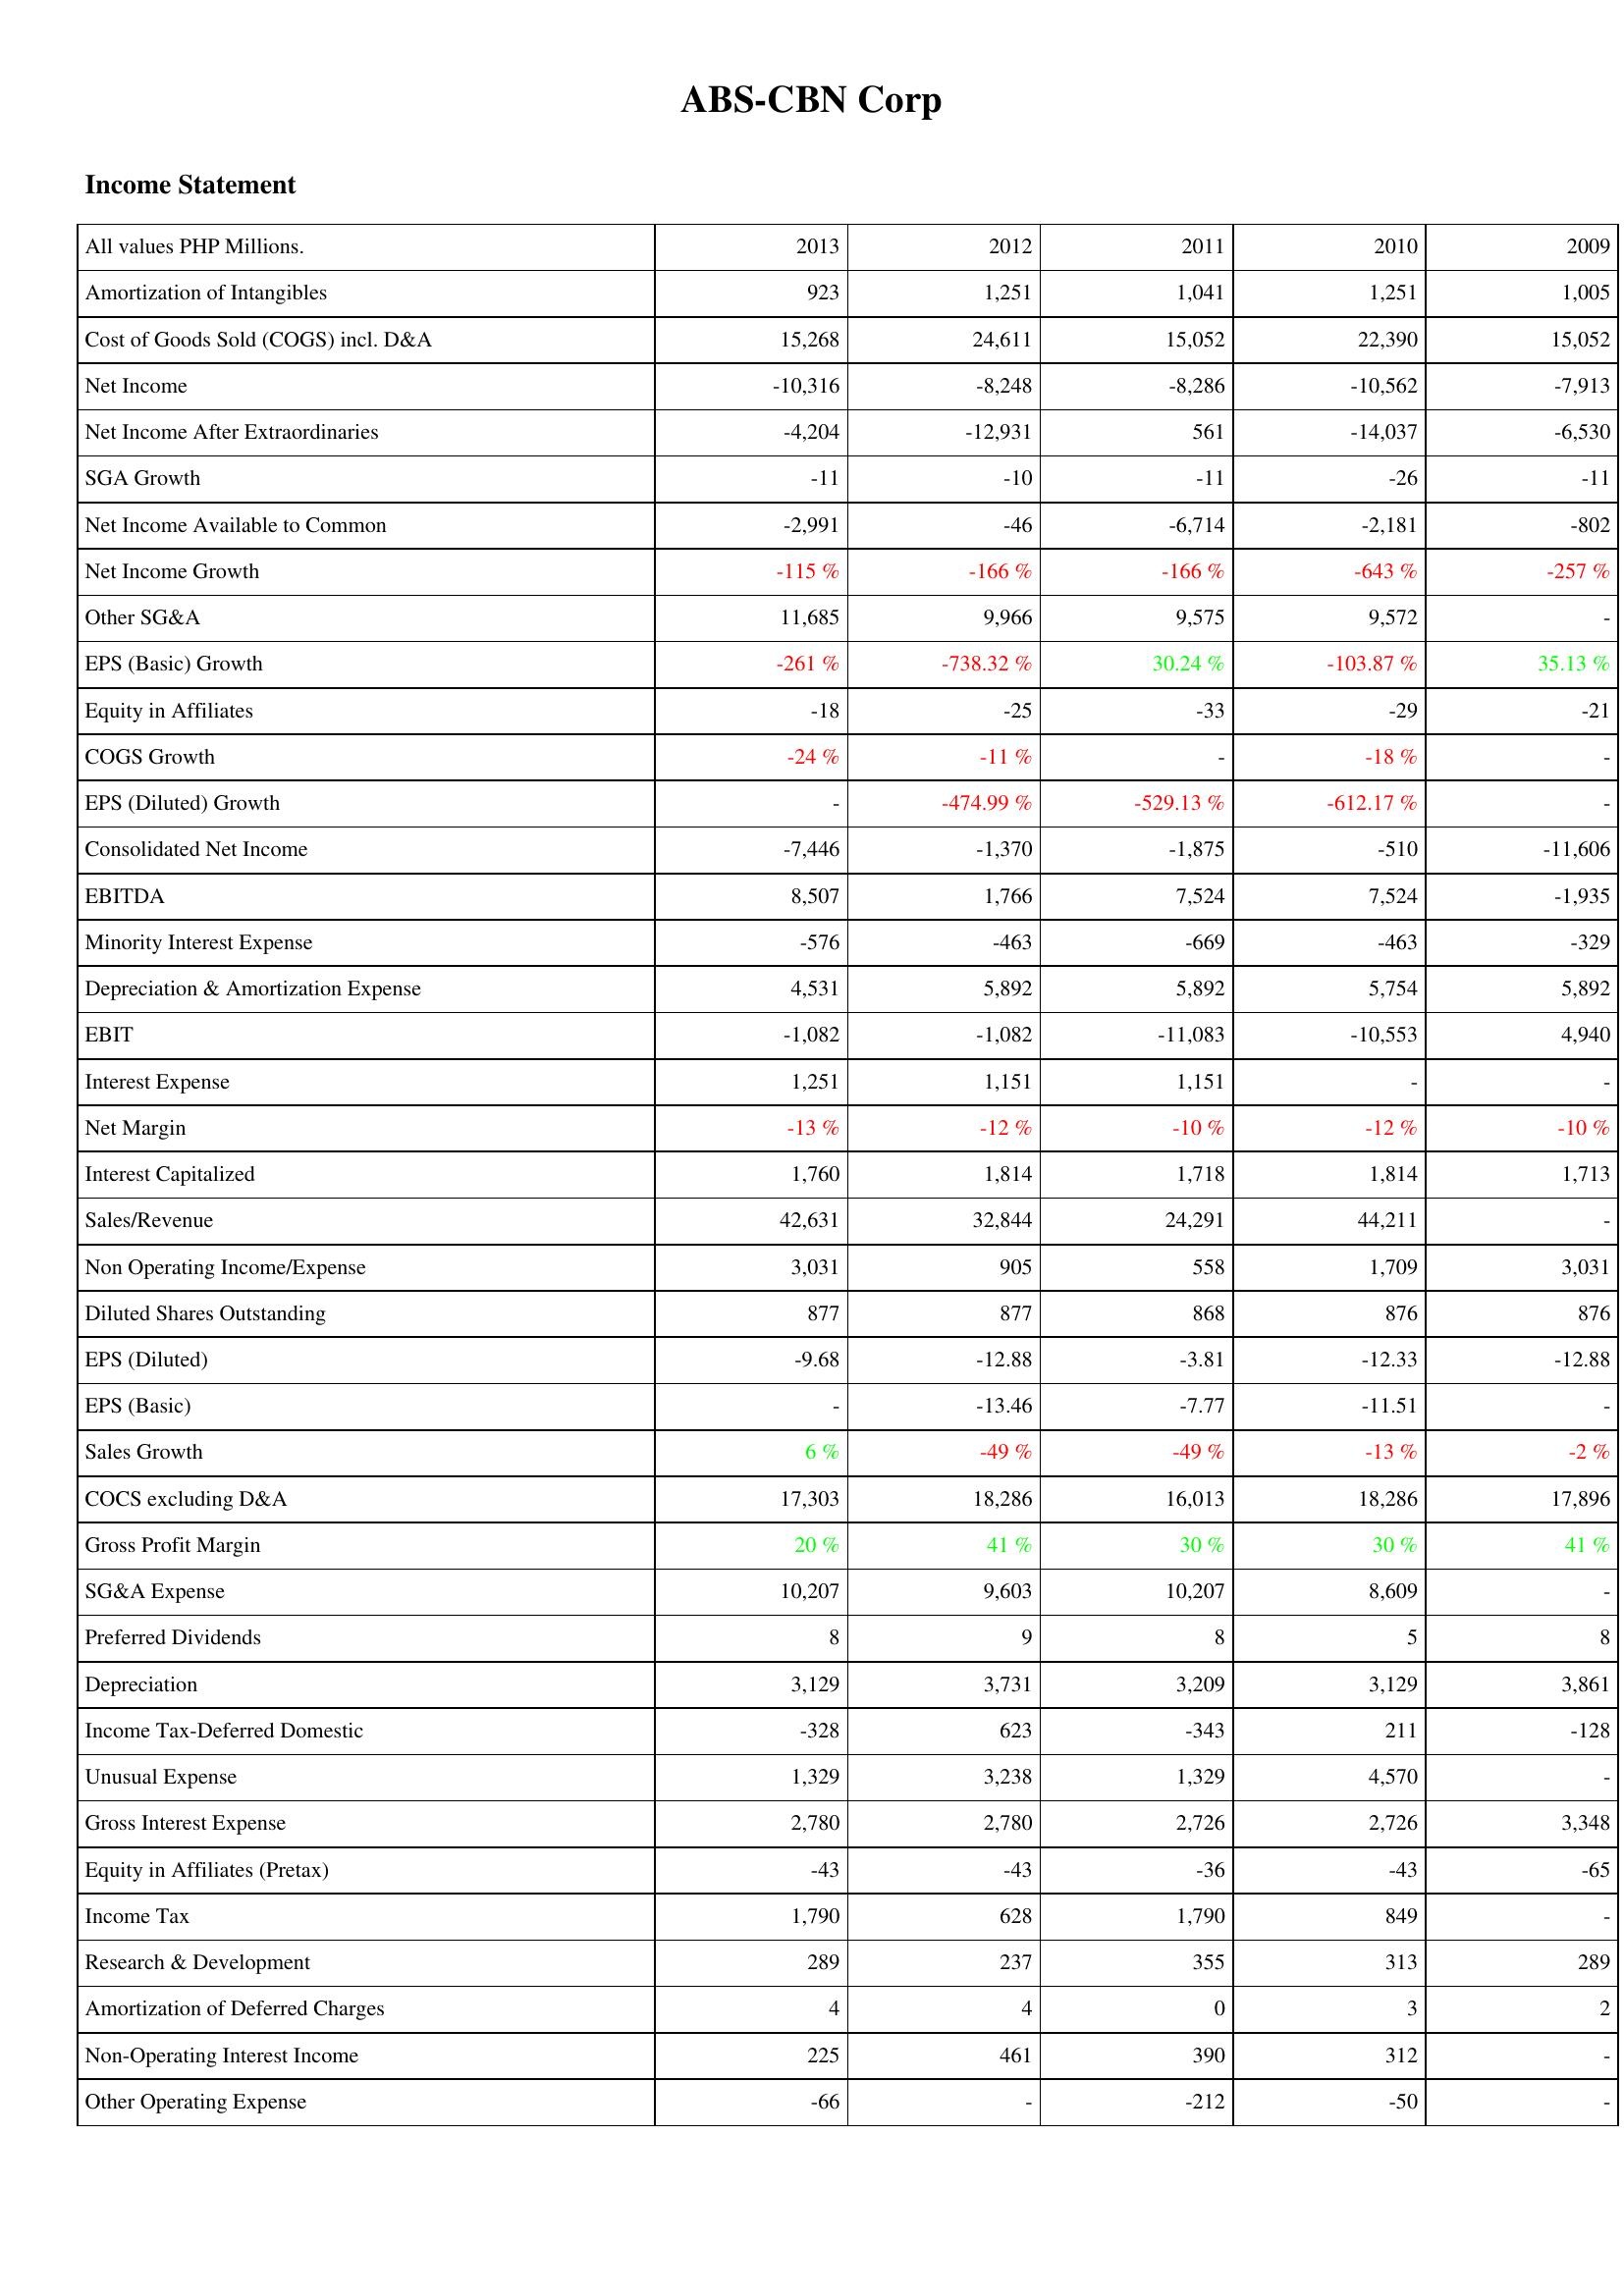
2013: Income Statement: Amortization of Intangibles: 923
Cost of Goods Sold (COGS) incl. D&A: 15,268
Net Income: -10,316
Net Income After Extraordinaries: -4,204
SGA Growth: -11
Net Income Available to Common: -2,991
Net Income Growth: -115 %
Other SG&A: 11,685
EPS (Basic) Growth: -261 %
Equity in Affiliates: -18
COGS Growth: -24 %
EPS (Diluted) Growth: -
Consolidated Net Income: -7,446
EBITDA: 8,507
Minority Interest Expense: -576
Depreciation & Amortization Expense: 4,531
EBIT: -1,082
Interest Expense: 1,251
Net Margin: -13 %
Interest Capitalized: 1,760
Sales/Revenue: 42,631
Non Operating Income/Expense: 3,031
Diluted Shares Outstanding: 877
EPS (Diluted): -9.68
EPS (Basic): -
Sales Growth: 6 %
COCS excluding D&A: 17,303
Gross Profit Margin: 20 %
SG&A Expense: 10,207
Preferred Dividends: 8
Depreciation: 3,129
Income Tax-Deferred Domestic: -328
Unusual Expense: 1,329
Gross Interest Expense: 2,780
Equity in Affiliates (Pretax): -43
Income Tax: 1,790
Research & Development: 289
Amortization of Deferred Charges: 4
Non-Operating Interest Income: 225
Other Operating Expense: -66
2012: Income Statement: Amortization of Intangibles: 1,251
Cost of Goods Sold (COGS) incl. D&A: 24,611
Net Income: -8,248
Net Income After Extraordinaries: -12,931
SGA Growth: -10
Net Income Available to Common: -46
Net Income Growth: -166 %
Other SG&A: 9,966
EPS (Basic) Growth: -738.32 %
Equity in Affiliates: -25
COGS Growth: -11 %
EPS (Diluted) Growth: -474.99 %
Consolidated Net Income: -1,370
EBITDA: 1,766
Minority Interest Expense: -463
Depreciation & Amortization Expense: 5,892
EBIT: -1,082
Interest Expense: 1,151
Net Margin: -12 %
Interest Capitalized: 1,814
Sales/Revenue: 32,844
Non Operating Income/Expense: 905
Diluted Shares Outstanding: 877
EPS (Diluted): -12.88
EPS (Basic): -13.46
Sales Growth: -49 %
COCS excluding D&A: 18,286
Gross Profit Margin: 41 %
SG&A Expense: 9,603
Preferred Dividends: 9
Depreciation: 3,731
Income Tax-Deferred Domestic: 623
Unusual Expense: 3,238
Gross Interest Expense: 2,780
Equity in Affiliates (Pretax): -43
Income Tax: 628
Research & Development: 237
Amortization of Deferred Charges: 4
Non-Operating Interest Income: 461
Other Operating Expense: -
2011: Income Statement: Amortization of Intangibles: 1,041
Cost of Goods Sold (COGS) incl. D&A: 15,052
Net Income: -8,286
Net Income After Extraordinaries: 561
SGA Growth: -11
Net Income Available to Common: -6,714
Net Income Growth: -166 %
Other SG&A: 9,575
EPS (Basic) Growth: 30.24 %
Equity in Affiliates: -33
COGS Growth: -
EPS (Diluted) Growth: -529.13 %
Consolidated Net Income: -1,875
EBITDA: 7,524
Minority Interest Expense: -669
Depreciation & Amortization Expense: 5,892
EBIT: -11,083
Interest Expense: 1,151
Net Margin: -10 %
Interest Capitalized: 1,718
Sales/Revenue: 24,291
Non Operating Income/Expense: 558
Diluted Shares Outstanding: 868
EPS (Diluted): -3.81
EPS (Basic): -7.77
Sales Growth: -49 %
COCS excluding D&A: 16,013
Gross Profit Margin: 30 %
SG&A Expense: 10,207
Preferred Dividends: 8
Depreciation: 3,209
Income Tax-Deferred Domestic: -343
Unusual Expense: 1,329
Gross Interest Expense: 2,726
Equity in Affiliates (Pretax): -36
Income Tax: 1,790
Research & Development: 355
Amortization of Deferred Charges: 0
Non-Operating Interest Income: 390
Other Operating Expense: -212
2010: Income Statement: Amortization of Intangibles: 1,251
Cost of Goods Sold (COGS) incl. D&A: 22,390
Net Income: -10,562
Net Income After Extraordinaries: -14,037
SGA Growth: -26
Net Income Available to Common: -2,181
Net Income Growth: -643 %
Other SG&A: 9,572
EPS (Basic) Growth: -103.87 %
Equity in Affiliates: -29
COGS Growth: -18 %
EPS (Diluted) Growth: -612.17 %
Consolidated Net Income: -510
EBITDA: 7,524
Minority Interest Expense: -463
Depreciation & Amortization Expense: 5,754
EBIT: -10,553
Interest Expense: -
Net Margin: -12 %
Interest Capitalized: 1,814
Sales/Revenue: 44,211
Non Operating Income/Expense: 1,709
Diluted Shares Outstanding: 876
EPS (Diluted): -12.33
EPS (Basic): -11.51
Sales Growth: -13 %
COCS excluding D&A: 18,286
Gross Profit Margin: 30 %
SG&A Expense: 8,609
Preferred Dividends: 5
Depreciation: 3,129
Income Tax-Deferred Domestic: 211
Unusual Expense: 4,570
Gross Interest Expense: 2,726
Equity in Affiliates (Pretax): -43
Income Tax: 849
Research & Development: 313
Amortization of Deferred Charges: 3
Non-Operating Interest Income: 312
Other Operating Expense: -50
2009: Income Statement: Amortization of Intangibles: 1,005
Cost of Goods Sold (COGS) incl. D&A: 15,052
Net Income: -7,913
Net Income After Extraordinaries: -6,530
SGA Growth: -11
Net Income Available to Common: -802
Net Income Growth: -257 %
Other SG&A: -
EPS (Basic) Growth: 35.13 %
Equity in Affiliates: -21
COGS Growth: -
EPS (Diluted) Growth: -
Consolidated Net Income: -11,606
EBITDA: -1,935
Minority Interest Expense: -329
Depreciation & Amortization Expense: 5,892
EBIT: 4,940
Interest Expense: -
Net Margin: -10 %
Interest Capitalized: 1,713
Sales/Revenue: -
Non Operating Income/Expense: 3,031
Diluted Shares Outstanding: 876
EPS (Diluted): -12.88
EPS (Basic): -
Sales Growth: -2 %
COCS excluding D&A: 17,896
Gross Profit Margin: 41 %
SG&A Expense: -
Preferred Dividends: 8
Depreciation: 3,861
Income Tax-Deferred Domestic: -128
Unusual Expense: -
Gross Interest Expense: 3,348
Equity in Affiliates (Pretax): -65
Income Tax: -
Research & Development: 289
Amortization of Deferred Charges: 2
Non-Operating Interest Income: -
Other Operating Expense: -